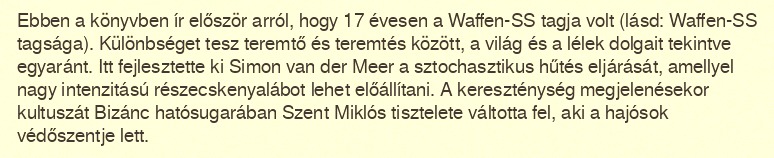
Ebben a könyvben ír először arról, hogy 17 évesen a Waffen-SS tagja volt (lásd: Waffen-SS tagsága). Különbséget tesz teremtő és teremtés között, a világ és a lélek dolgait tekintve egyaránt. Itt fejlesztette ki Simon van der Meer a sztochasztikus hűtés eljárását, amellyel nagy intenzitású részecskenyalábot lehet előállítani. A kereszténység megjelenésekor kultuszát Bizánc hatósugarában Szent Miklós tisztelete váltotta fel, aki a hajósok védőszentje lett.